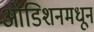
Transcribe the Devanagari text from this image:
ऑडिशनमधून